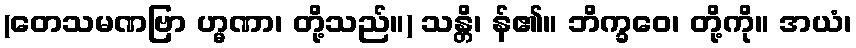
(တေသမဏဗြာ ဟ္မဏာ၊ တို့သည်။) သန္တိ၊ န်၏။ ဘိက္ခဝေ၊ တို့ကို။ အယံ၊